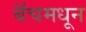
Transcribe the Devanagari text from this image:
बॅचमधून